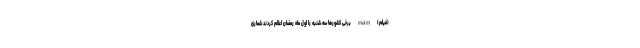
(فیلم) nan برخی کشورها سه شنبه را اول ماه رمضان اعلام کردند شماری